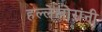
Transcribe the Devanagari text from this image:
हल्लेखोऱांनी